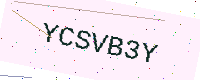
Text: YCSVB3Y